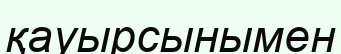
қауырсынымен